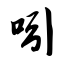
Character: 吲